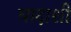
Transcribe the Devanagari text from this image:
वादाशी